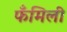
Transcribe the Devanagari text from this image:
फँमिली